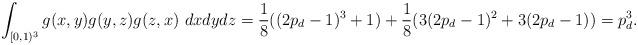
LaTeX: \begin{align*}\int_{[0,1)^3} g(x,y)g(y,z)g(z,x) ~ dx dy dz =\frac{1}{8}((2p_d-1)^3+1)+\frac{1}{8} (3(2p_d-1)^2+3(2p_d-1)) =p_d^3. \end{align*}